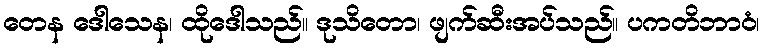
တေန ဒေါသေန၊ ထိုဒေါသည်။ ဒုသိတော၊ ဖျက်ဆီးအပ်သည်။ ပကတိဘာဝံ၊